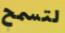
لتسمح